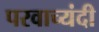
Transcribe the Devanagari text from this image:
परवाच्यंदी